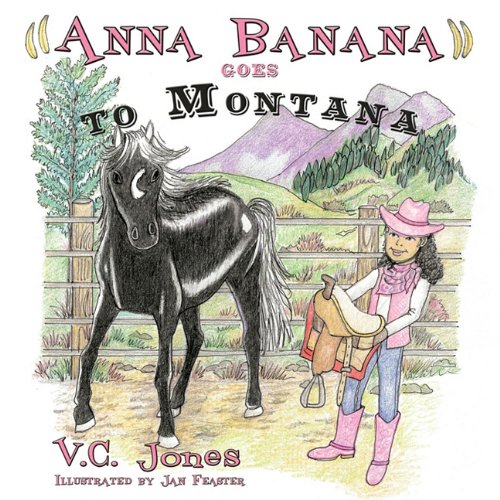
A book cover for Anna Banana Goes to Montana; V.C. Jones; Parenting & Relationships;